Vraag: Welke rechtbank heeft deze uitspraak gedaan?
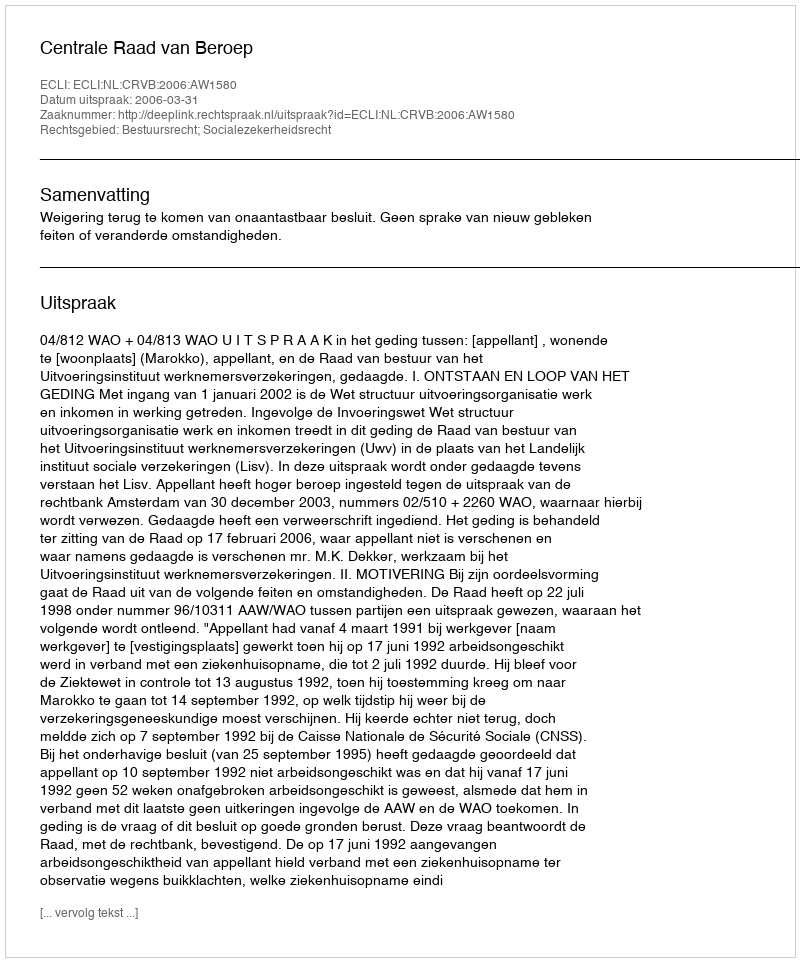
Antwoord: Centrale Raad van Beroep